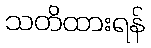
သတိထားရန်